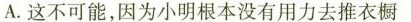
A.这不可能，因为小明根本没有用力去推衣橱